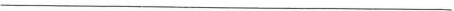
___